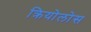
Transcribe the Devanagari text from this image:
क्रियोलोस